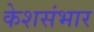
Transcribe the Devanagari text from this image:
केशसंभार